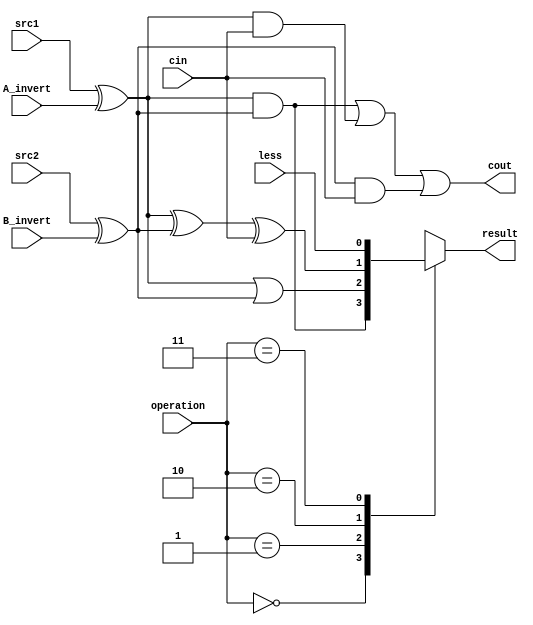
`timescale 1ns/1ps

//////////////////////////////////////////////////////////////////////////////////
// Company: 
// Engineer: 
// 
// Design Name: 
// Module Name:    alu_top 
// Project Name: 
// Target Devices: 
// Tool versions: 
// Description: 
//
// Dependencies: 
//
// Revision: 
// Revision 0.01 - File Created
// Additional Comments: 
//
//////////////////////////////////////////////////////////////////////////////////
//0316056_0316038
module alu_top(
               src1,       //1 bit source 1 (input)
               src2,       //1 bit source 2 (input)
               less,       //1 bit less     (input)
               A_invert,   //1 bit A_invert (input)
               B_invert,   //1 bit B_invert (input)
               cin,        //1 bit carry in (input)
               operation,  //operation      (input)
               result,     //1 bit result   (output)
               cout       //1 bit carry out(output)
               );

input         src1;
input         src2;
input         less;
input         A_invert;
input         B_invert;
input         cin;
input [2-1:0] operation;

output        result;
output        cout;

reg           cout;
reg           result;
wire           a, b;

wire result_00, result_01, result_10, result_11;
wire tmp_cout;

assign tmp_cout = ( (a&b) | (a&cin) | (b&cin) );
assign  a = src1 ^ A_invert;
assign  b = src2 ^ B_invert;
assign  result_00 = a&b;
assign  result_01 = a|b;
assign  result_10 = a^b^cin;
assign  result_11 = less;

always@( * )
begin
  cout <= tmp_cout;
  case (operation)
	  4'b00: begin result <= result_00; end 
	  4'b01: begin result <= result_01; end
	  4'b10: begin result <= result_10; end   
	  4'b11: begin result <= result_11; end      
	endcase
end

endmodule